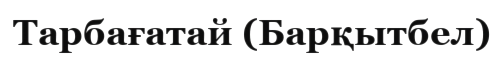
Тарбағатай (Барқытбел)